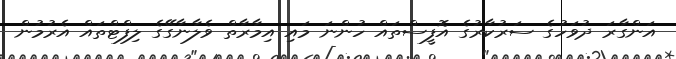
އަންގާރަ ދުވަހުގެ ސަރުކާރުގެ އޮފީސްތައް ހުންނަ މައި އިމާރާތް ވެލާނާގޭގެ ލިފްޓްތައް އެރުމުން